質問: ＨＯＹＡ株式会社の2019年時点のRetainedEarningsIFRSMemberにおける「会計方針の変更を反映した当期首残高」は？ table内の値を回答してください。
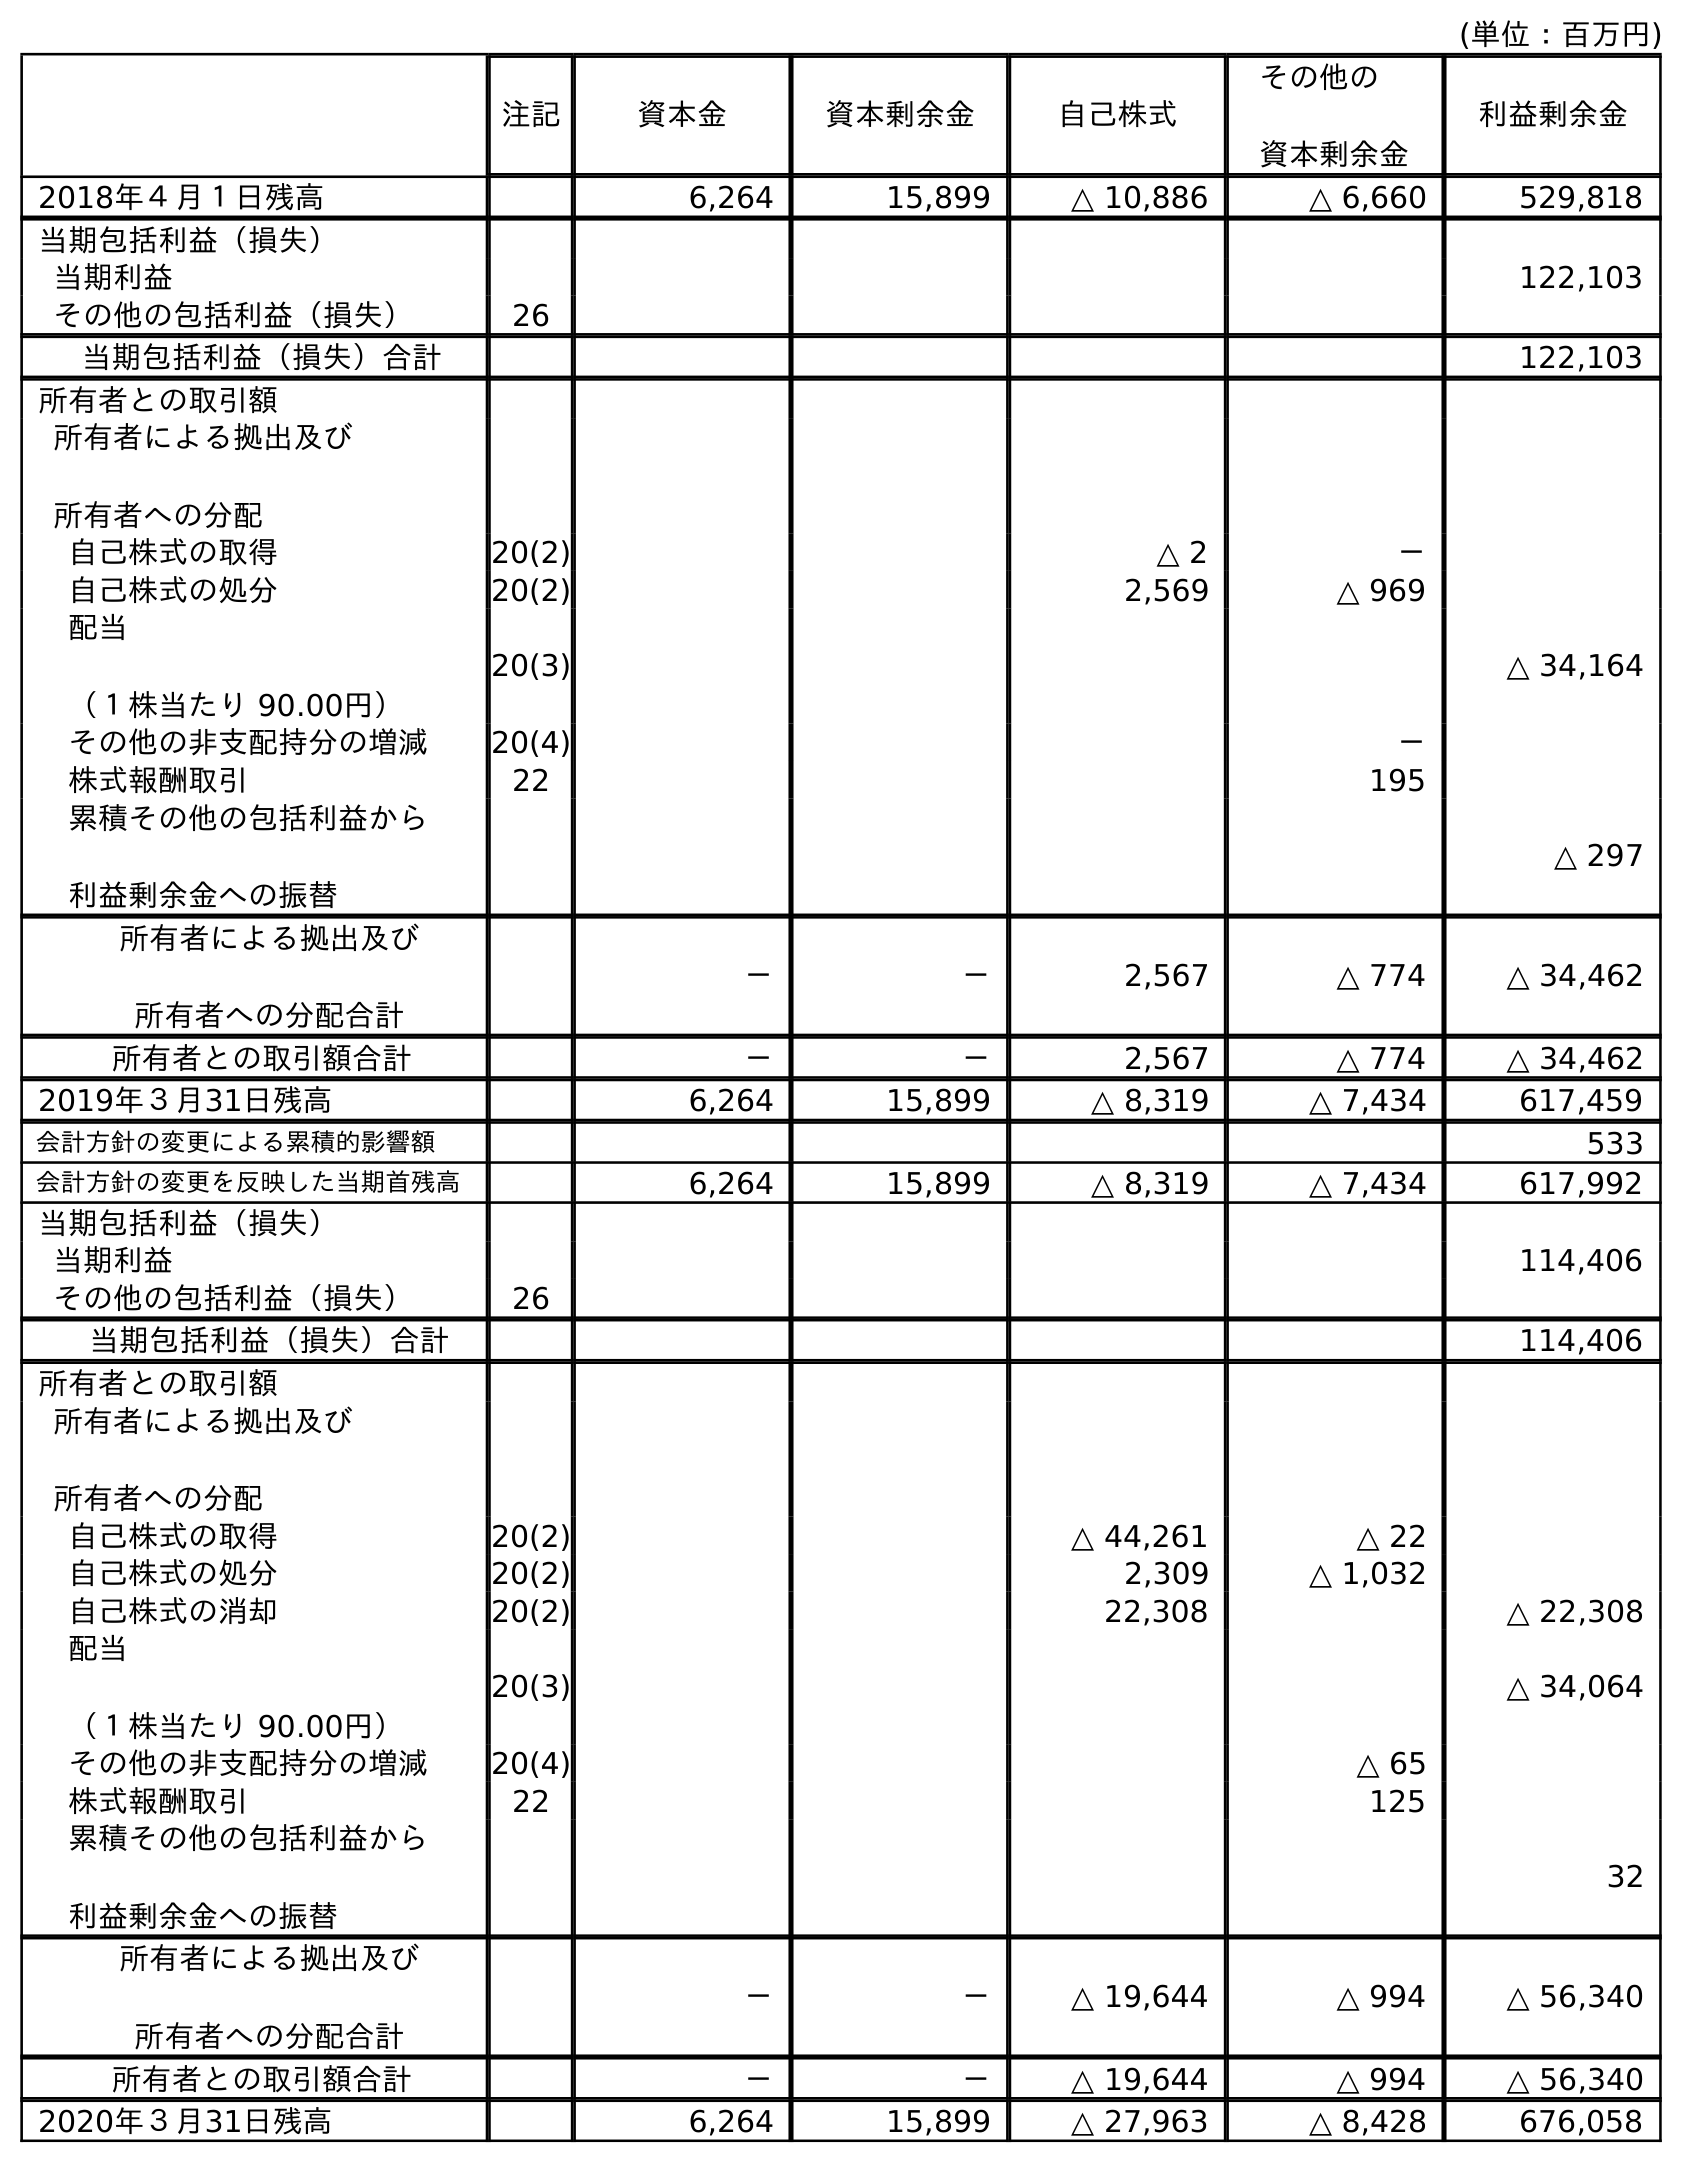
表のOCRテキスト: (単位：百万円) 注記 資本金 資本剰余金 自己株式 その他の 資本剰余金 利益剰余金 2018年４月１日残高 6,264 15,899 △ 10,886 △ 6,660 529,818 当期包括利益（損失） 当期利益 122,103 その他の包括利益（損失） 26 当期包括利益（損失）合計 122,103 所有者との取引額 所有者による拠出及び 所有者への分配 自己株式の取得 20(2) △ 2 － 自己株式の処分 20(2) 2,569 △ 969 配当 （１株当たり 90.00円） 20(3) △ 34,164 その他の非支配持分の増減 20(4) － 株式報酬取引 22 195 累積その他の包括利益から 利益剰余金への振替 △ 297 所有者による拠出及び 所有者への分配合計 － － 2,567 △ 774 △ 34,462 所有者との取引額合計 － － 2,567 △ 774 △ 34,462 2019年３月31日残高 6,264 15,899 △ 8,319 △ 7,434 617,459 会計方針の変更による累積的影響額 533 会計方針の変更を反映した当期首残高 6,264 15,899 △ 8,319 △ 7,434 617,992 当期包括利益（損失） 当期利益 114,406 その他の包括利益（損失） 26 当期包括利益（損失）合計 114,406 所有者との取引額 所有者による拠出及び 所有者への分配 自己株式の取得 20(2) △ 44,261 △ 22 自己株式の処分 20(2) 2,309 △ 1,032 自己株式の消却 20(2) 22,308 △ 22,308 配当 （１株当たり 90.00円） 20(3) △ 34,064 その他の非支配持分の増減 20(4) △ 65 株式報酬取引 22 125 累積その他の包括利益から 利益剰余金への振替 32 所有者による拠出及び 所有者への分配合計 － － △ 19,644 △ 994 △ 56,340 所有者との取引額合計 － － △ 19,644 △ 994 △ 56,340 2020年３月31日残高 6,264 15,899 △ 27,963 △ 8,428 676,058
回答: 617,992